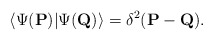
\begin{align*} \langle \Psi({\bf P}) | \Psi({\bf Q}) \rangle = \delta^2({\bf P} - {\bf Q}).\end{align*}